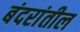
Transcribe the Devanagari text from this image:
बंदरांतील